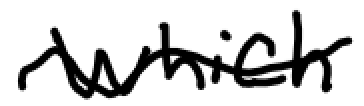
Text: which
Cross-out: wave
Writing tool: digital_black